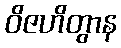
ဝိဇဟိတွာန